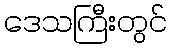
ဒေသကြီးတွင်